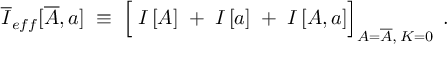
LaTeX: \overline { { { I } } } _ { e f f } [ \overline { { { A } } } , a ] \; \equiv \; \left[ \frac { } { } I \left[ A \right] \; + \; I \left[ a \right] \; + \; I \left[ A , a \right] \right] _ { A = \overline { { { A } } } , \, { \cal K } = 0 } \; .